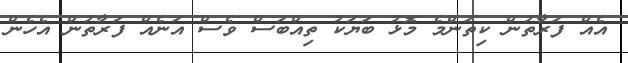
އެއް ފަރާތުން ކިތަންމެ މޮޅު ބަޔަކު ތިއްބަސް ވެސް އަނެއް ފަރާތުން އެހެން